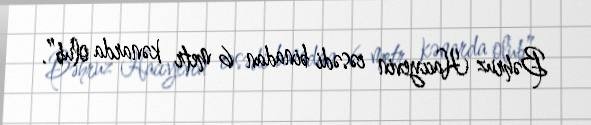
Bəhruz Hacıyevin cəsədi binadan 6 metr kənarda olub”.